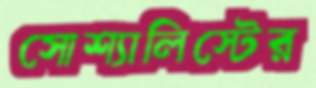
সোশ্যালিস্টের